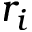
r _ { i }